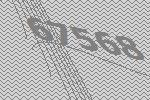
67568